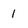
Character: 1